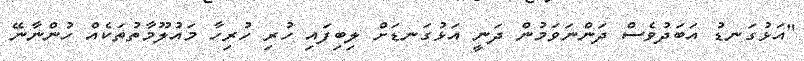
"އަޅުގަނޑު އަބަދުވެސް ދަންނަވަމުން ދަނީ އަޅުގަނޑަށް ލިބިފައި ހުރި ހުރިިހާ މައުލޫމާތުތަކެއް ހުންނާނޭ